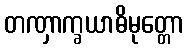
တဏှာက္ခယာဓိမုတ္တော